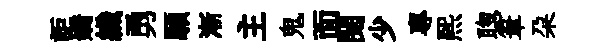
詎嬌織勇願漸主鬼面閲少專煕聦筆朶